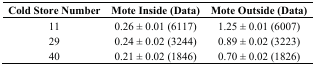
| Cold Store Number | Mote Inside (Data) | Mote Outside (Data) |
 | --- | --- | --- |
 | 11 | 0.26 ± 0.01 (6117) | 1.25 ± 0.01 (6007) |
 | 29 | 0.24 ± 0.02 (3244) | 0.89 ± 0.02 (3223) |
 | 40 | 0.21 ± 0.02 (1846) | 0.70 ± 0.02 (1826) |